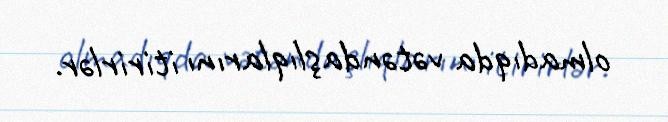
olmadıqda vətəndaşlıqlarını itirirlər.